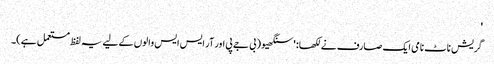
'
گریش ناٹ نامی ایک صارف نے لکھا: 'سنگھیو (بی جے پی اور آر ایس ایس والوں کے لیے یہ لفظ مستعمل ہے)۔